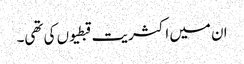
ان میں اکثریت قبطیوں کی تھی۔